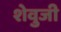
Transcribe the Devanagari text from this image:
शेवुजी